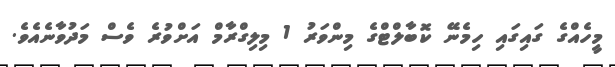
މީހެއްގެ ގައިގައި ހިމެނޭ ކޮބާލްޓްގެ މިންވަރު 1 މިލިގްރާމް އަށްވުރެ ވެސް މަދުވާނެއެވެ.